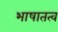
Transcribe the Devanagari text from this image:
भाषातत्व